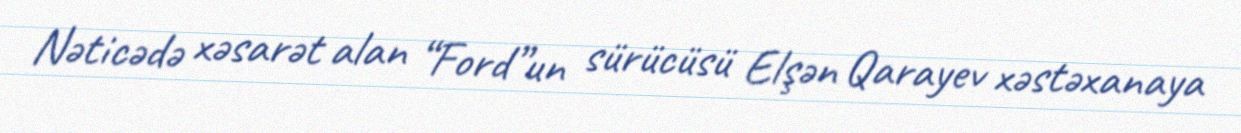
Nəticədə xəsarət alan “Ford”un sürücüsü Elşən Qarayev xəstəxanaya